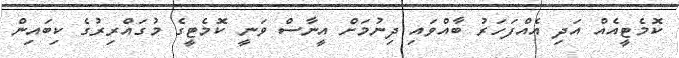
ކޮމެޓީއެއް އަދި އެއްފަހަރު ބާއްވައި ދިނުމަށް އީނާސް ވަނީ ކޮމެޓީގެ މުގައްރިރުގެ ކިބައިން